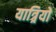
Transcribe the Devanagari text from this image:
यात्र्रियों